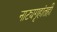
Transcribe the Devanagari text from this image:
नाट्यगृहांतही